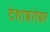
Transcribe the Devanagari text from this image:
देशाबरोबर